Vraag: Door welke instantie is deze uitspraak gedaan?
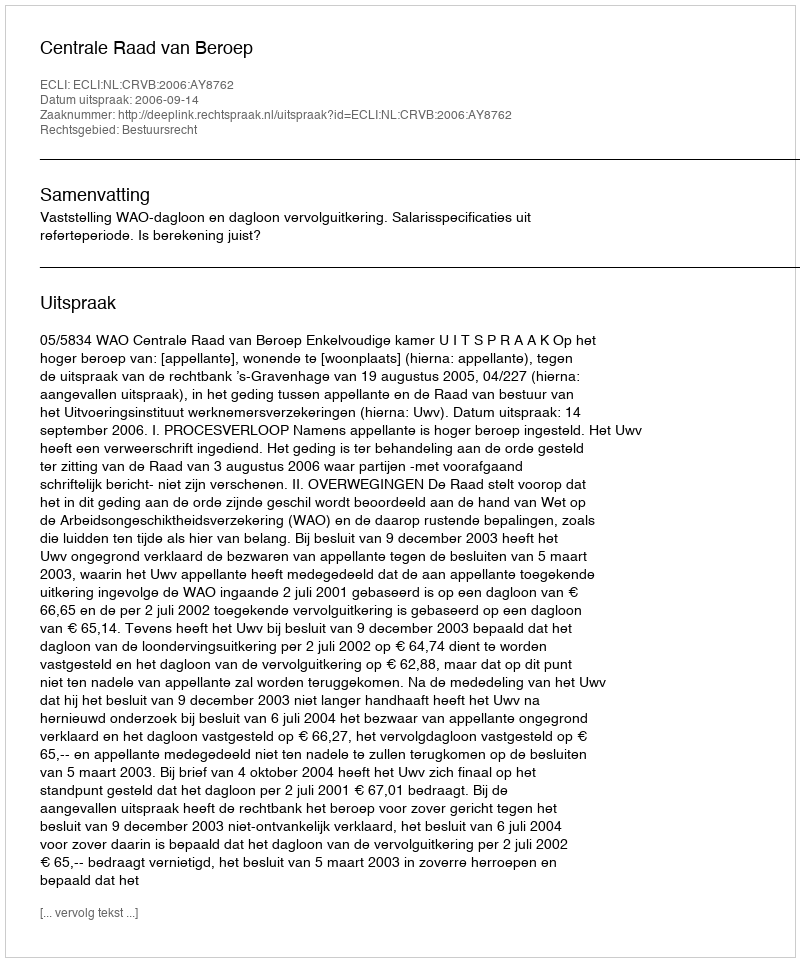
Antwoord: Centrale Raad van Beroep